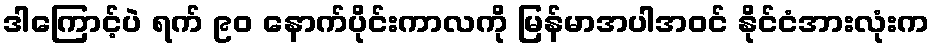
ဒါကြောင့်ပဲ ရက် ၉၀ နောက်ပိုင်းကာလကို မြန်မာအပါအဝင် နိုင်ငံအားလုံးက